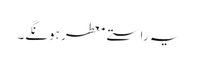
یہ راستے معطر ہونگے۔